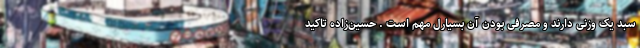
سبد یک وزنی دارند و مصرفی بودن آن بسیارل مهم است . حسین‌زاده تاکید